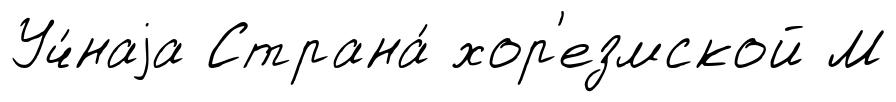
Уч́наjа Страна́ хор'езмской М